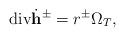
LaTeX: \begin{align*}\mathrm{div} \dot{\mathbf h}^{\pm}=r^{\pm} \Omega_T,\end{align*}